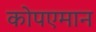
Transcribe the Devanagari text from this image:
कोपएमान